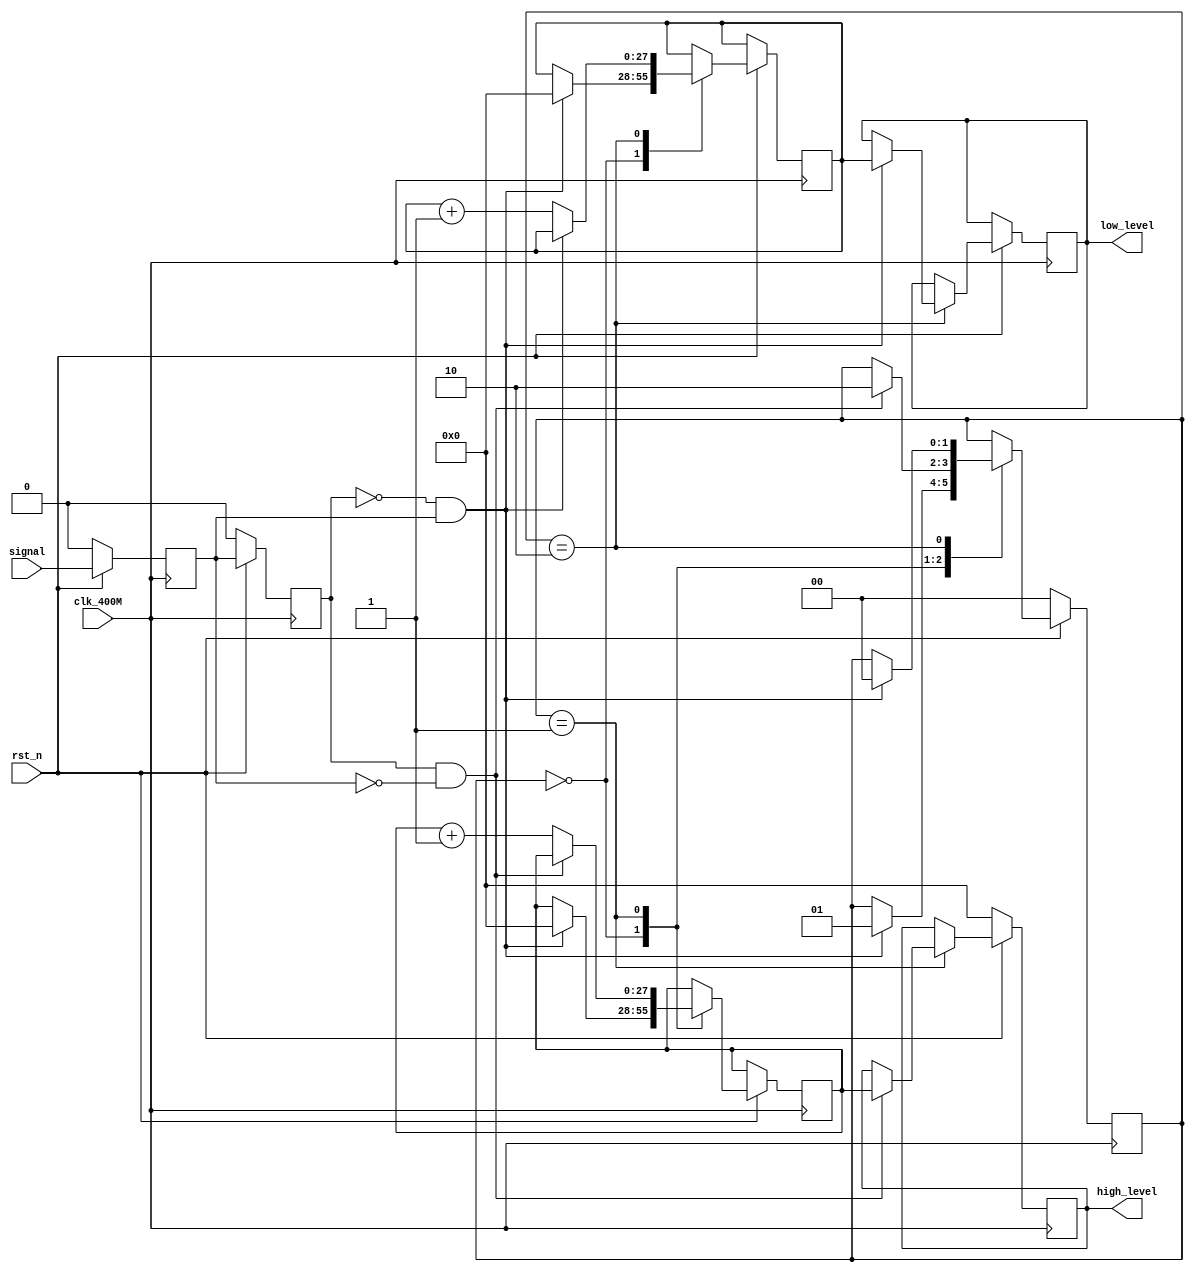
module frequency_detecion
(
	input clk_400M,
	input rst_n,
	input signal,
	output reg [27:0]high_level,
	output reg [27:0]low_level
);
reg [27:0]high_level_buff;
reg [27:0]low_level_buff;
reg state,state_last;
reg [1:0]step;
wire rising_edge=(!state_last)&&state;
wire falling_edge=(state_last)&&(!state);

always@(posedge clk_400M)
	if(!rst_n)
	begin
		state<=1'b0;
		state_last<=1'b0;
	end
	else
	begin
		state_last<=state;
		state<=signal;
	end

always@(posedge clk_400M)
begin
	if(!rst_n)
	begin
		step<=2'b0;
		high_level<=28'b0;
	end
	else
	begin
		case (step)
		0:
		begin
			if(rising_edge)
			begin
				step<=2'b1;
				high_level_buff<=28'd0;
				low_level_buff<=28'd0;
			end
		end
		1:
		begin
			if(falling_edge)
			begin
				step<=2'd2;
				high_level<=high_level_buff;
			end
			else
				high_level_buff<=high_level_buff+1'b1;
		end
		2:
			if(rising_edge)
			begin
				step<=2'd0;
				low_level<=low_level_buff;
			end
			else
				low_level_buff<=low_level_buff+1'b1;
		endcase
	end
end

endmodule